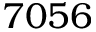
7 0 5 6